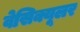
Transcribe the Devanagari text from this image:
वेसिक्यूलर